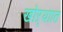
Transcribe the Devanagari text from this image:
खोऱ्याात